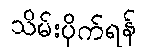
သိမ်းပိုက်ရန်